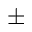
\pm